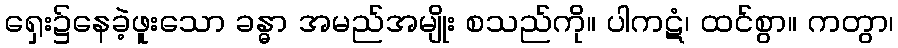
ရှေး၌နေခဲ့ဖူးသော ခန္ဓာ အမည်အမျိုး စသည်ကို။ ပါကဋံ၊ ထင်စွာ။ ကတွာ၊